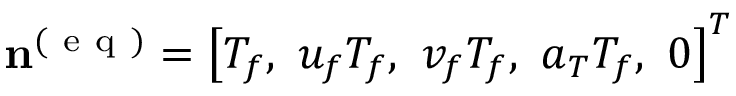
\mathbf { n } ^ { ( \mathrm { ~ e ~ q ~ } ) } = \left[ T _ { f } , \ u _ { f } T _ { f } , \ v _ { f } T _ { f } , \ a _ { T } T _ { f } , \ 0 \right] ^ { T }